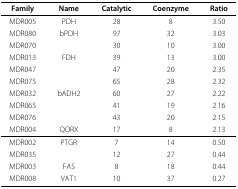
<table><thead><tr><td><b>Family</b></td><td><b>Name</b></td><td><b>Catalytic</b></td><td><b>Coenzyme</b></td><td><b>Ratio</b></td></tr></thead><tbody><tr><td>MDR005</td><td>PDH</td><td>28</td><td>8</td><td>3.50</td></tr><tr><td>MDR080</td><td>bPDH</td><td>97</td><td>32</td><td>3.03</td></tr><tr><td>MDR070</td><td></td><td>30</td><td>10</td><td>3.00</td></tr><tr><td>MDR013</td><td>FDH</td><td>39</td><td>13</td><td>3.00</td></tr><tr><td>MDR047</td><td></td><td>47</td><td>20</td><td>2.35</td></tr><tr><td>MDR075</td><td></td><td>65</td><td>28</td><td>2.32</td></tr><tr><td>MDR032</td><td>bADH2</td><td>60</td><td>27</td><td>2.22</td></tr><tr><td>MDR065</td><td></td><td>41</td><td>19</td><td>2.16</td></tr><tr><td>MDR076</td><td></td><td>43</td><td>20</td><td>2.15</td></tr><tr><td>MDR004</td><td>QORX</td><td>17</td><td>8</td><td>2.13</td></tr><tr><td>MDR002</td><td>PTGR</td><td>7</td><td>14</td><td>0.50</td></tr><tr><td>MDR035</td><td></td><td>12</td><td>27</td><td>0.44</td></tr><tr><td>MDR003</td><td>FAS</td><td>8</td><td>18</td><td>0.44</td></tr><tr><td>MDR008</td><td>VAT1</td><td>10</td><td>37</td><td>0.27</td></tr></tbody></table>